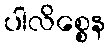
ပါလိစ္စေန